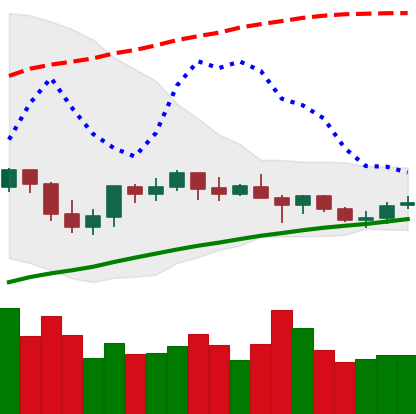
Ticker: ETH-USD
Chart end date: 2021-06-14
Forward return: -14.161%
Label: down_7plus